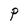
Character: P